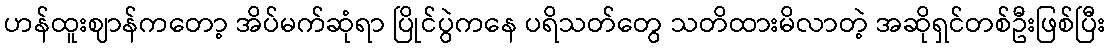
ဟန်ထူးဈာန်ကတော့ အိပ်မက်ဆုံရာ ပြိုင်ပွဲကနေ ပရိသတ်တွေ သတိထားမိလာတဲ့ အဆိုရှင်တစ်ဦးဖြစ်ပြီး